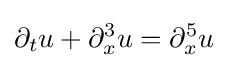
\displaystyle \partial _{t}u+\partial _{x}^{3}u=\partial _{x}^{5}u